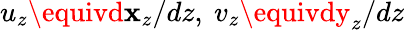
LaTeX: u_{z}\equivd\mathbf{x}_{z}/dz,~v_{z}\equivdy_{z}/dz